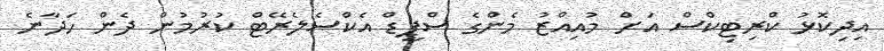
އިދިކޮޅު ކްރިޓިކްސް އަށް މުއިއްޒު މެންގެ ސްޕީޑް އެކްސެލެރޭޓް ކުރުމުން ދެން ހަދާނެ